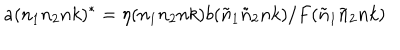
a ( n _ { 1 } n _ { 2 } n k ) ^ { * } = \eta ( n _ { 1 } n _ { 2 } n k ) b ( { \tilde { n } } _ { 1 } { \tilde { n } } _ { 2 } n k ) / F ( { \tilde { n } } _ { 1 } { \tilde { n } } _ { 2 } n k )